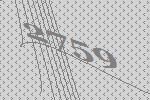
2759